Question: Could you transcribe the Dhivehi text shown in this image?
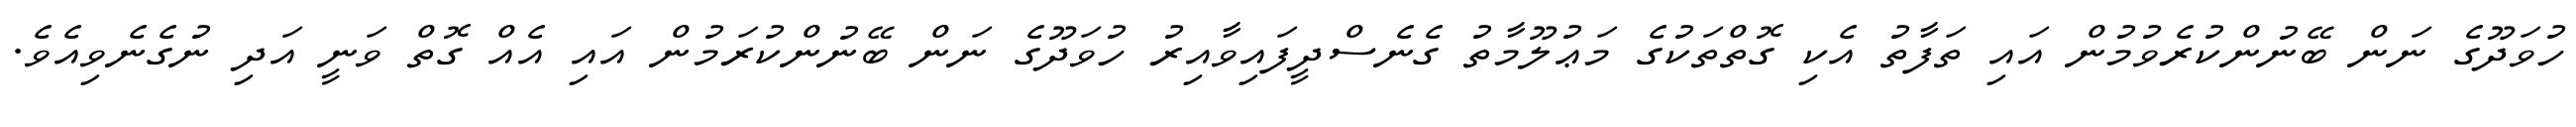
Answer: ހުވަދޫގެ ނަން ބޭނުންކުރެވުމުން އައި ތަފާތު އެކި ގޮތްތަކުގެ މަޢުލޫމާތު ގެނެސްދީފައިވާއިރު ހުވަދޫގެ ނަން ބޭނުންކުރަމުން އައި އެއް ގޮތް ވަނީ އަދި ނުގެނެވިއެވެ.